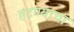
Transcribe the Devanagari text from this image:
हटण्याचा